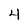
Character: 4